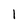
Character: 1